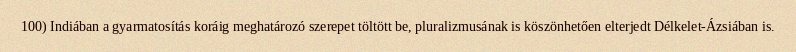
100) Indiában a gyarmatosítás koráig meghatározó szerepet töltött be, pluralizmusának is köszönhetően elterjedt Délkelet-Ázsiában is.